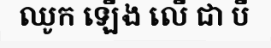
ឈូក ឡើង លើ ជា បី